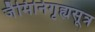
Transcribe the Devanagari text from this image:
जैमिनिगृह्यसूत्र